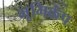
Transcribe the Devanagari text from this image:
भूमिकंप